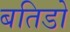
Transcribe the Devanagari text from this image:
बतिडो